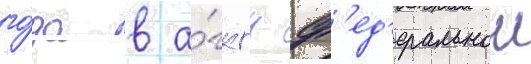
го́да в а́гкгн ф'ед'еральнои